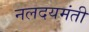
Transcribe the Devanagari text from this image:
नलदयमंती